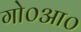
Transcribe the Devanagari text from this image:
गो०आ०